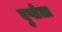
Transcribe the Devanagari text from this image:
दुप्लेला